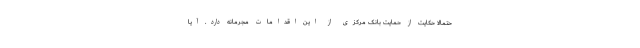
حتمالا حکایت از حمایت بانک مرکزی از این اقدامات مجرمانه دارد. آیا